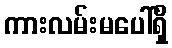
ကားလမ်းမပေါ်ရှိ